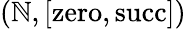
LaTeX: (\mathbb{N},[\mathrm{zero},\mathrm{succ}])